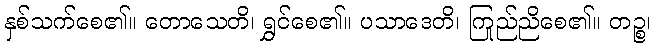
နှစ်သက်စေ၏။ တောသေတိ၊ ရွှင်စေ၏။ ပသာဒေတိ၊ ကြည်ညိုစေ၏။ တဉ္စ၊